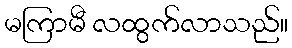
မကြာမီ လထွက်လာသည်။